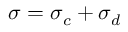
\boldsymbol { \sigma } = \boldsymbol { \sigma } _ { c } + \boldsymbol { \sigma } _ { d }